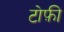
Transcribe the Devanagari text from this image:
टोफ़ी